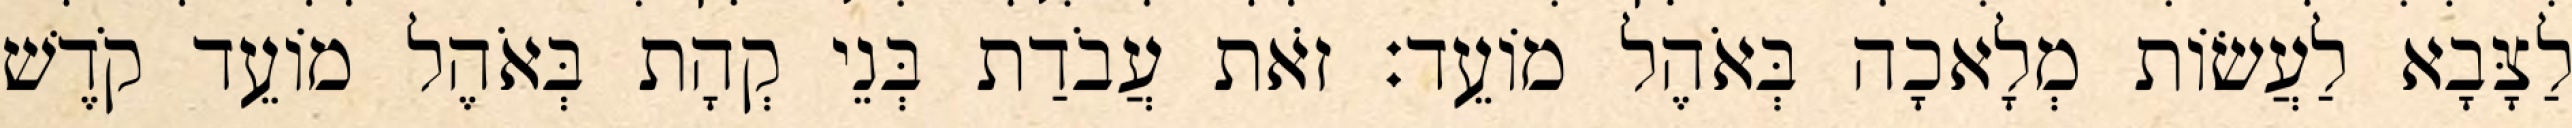
לַצָּבָא לַעֲשׂוֹת מְלָאכָה בְּאֹהֶל מוֹעֵד׃ זֹאת עֲבֹדַת בְּנֵי קְהָת בְּאֹהֶל מוֹעֵד קֹדֶשׁ